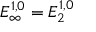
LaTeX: E _ { \infty } ^ { 1 , 0 } = E _ { 2 } ^ { 1 , 0 }